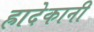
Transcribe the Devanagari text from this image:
ह्रादेकानी